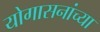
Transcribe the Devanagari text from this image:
योगासनांच्या